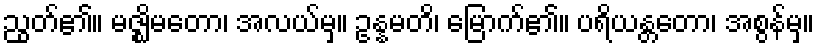
ညွတ်၏။ မဇ္ဈိမတော၊ အလယ်မှ။ ဥန္နမတိ၊ မြောက်၏။ ပရိယန္တတော၊ အစွန်မှ။